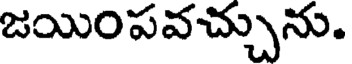
జయింపవచ్చును.